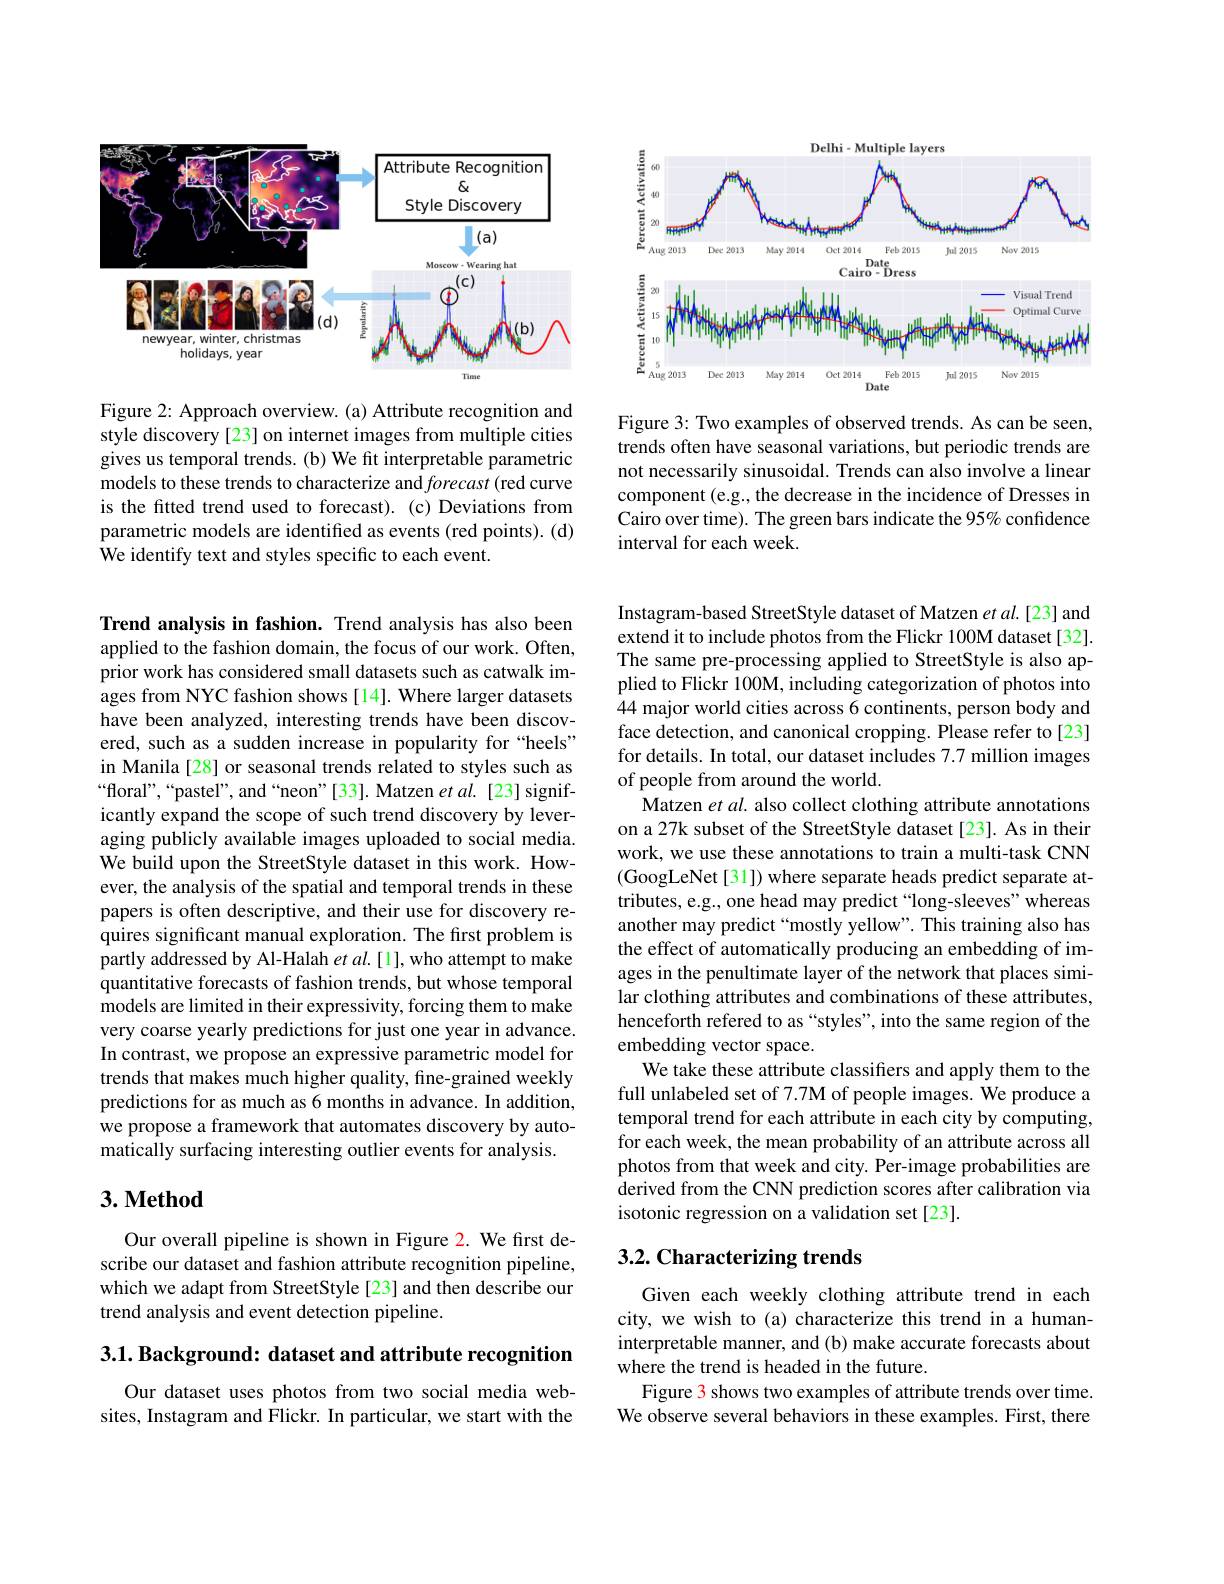
<FigureHere>

Figure 2: Approach overview. (a) Attribute recognition and style discovery[23] on internet images from multiple cities gives us temporal trends. (b) We fit interpretable parametric models to these trends to characterize and forecast (red curve is the fitted trend used to forecast). (c) Deviations from parametric models are identified as events (red points). (d) We identify text and styles specific to each event.

Trend analysis in fashion. Trend analysis has also been applied to the fashion domain, the focus of our work. Often, prior work has considered small datasets such as catwalk images from NYC fashion shows[14]. Where larger datasets have been analyzed, interesting trends have been discovered, such as a sudden increase in popularity for “heels” in Manila[28] or seasonal trends related to styles such as “floral”,“pastel”, and“neon”[33]. Matzen $etal.$[23] significantly expand the scope of such trend discovery by leveraging publicly available images uploaded to social media. We build upon the StreetStyle dataset in this work. However, the analysis of the spatial and temporal trends in these papers is often descriptive, and their use for discovery requires significant manual exploration. The first problem is partly addressed by Al-Halah $et$ al.[1], who attempt to make quantitative forecasts of fashion trends, but whose temporal models are limited in their expressivity, forcing them to make very coarse yearly predictions for just one year in advance. In contrast, we propose an expressive parametric model for trends that makes much higher quality, fine-grained weekly predictions for as much as 6 months in advance. In addition, we propose a framework that automates discovery by automatically surfacing interesting outlier events for analysis.

## 3. Method

Our overall pipeline is shown in Figure 2. We first describe our dataset and fashion attribute recognition pipeline, which we adapt from StreetStyle[23] and then describe our trend analysis and event detection pipeline.

3.1. Background: dataset and attribute recognition

Our dataset uses photos from two social media websites, Instagram and Flickr. In particular, we start with the

<FigureHere>

Figure 3: Two examples of observed trends. As can be seen, trends often have seasonal variations, but periodic trends are not necessarily sinusoidal. Trends can also involve a linear component (e.g., the decrease in the incidence of Dresses in Cairo over time). The green bars indicate the 95% confidence interval for each week

Instagram-based StreetStyle dataset of Matzen et al.[23] and extend it to include photos from the Flickr 100M dataset[32]. The same pre-processing applied to StreetStyle is also applied to Flickr 100M, including categorization of photos into 44 major world cities across 6 continents, person body and face detection, and canonical cropping. Please refer to[23] for details. In total, our dataset includes 7.7 million images of people from around the world.
Matzen $etal.$ also collect clothing attribute annotations on a 27k subset of the StreetStyle dataset [23]. As in their work, we use these annotations to train a multi-task CNN (GoogLeNet[31]) where separate heads predict separate attributes, e.g., one head may predict“long-sleeves”whereas another may predict “mostly yellow”. This training also has the effect of automatically producing an embedding of images in the penultimate layer of the network that places similar clothing attributes and combinations of these attributes, henceforth refered to as “styles”, into the same region of the embedding vector space.
We take these attribute classifiers and apply them to the full unlabeled set of 7.7M of people images. We produce a temporal trend for each attribute in each city by computing, for each week, the mean probability of an attribute across all photos from that week and city. Per-image probabilities are derived from the CNN prediction scores after calibration via isotonic regression on a validation set[23].

## 3.2. Characterizing trends

Given each weekly clothing attribute trend in each city, we wish to (a) characterize this trend in a humaninterpretable manner, and (b) make accurate forecasts about where the trend is headed in the future.
Figure 3 shows two examples of attribute trends over time. We observe several behaviors in these examples. First, there